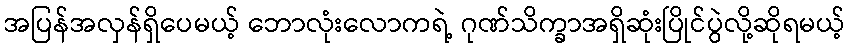
အပြန်အလှန်ရှိပေမယ့် ဘောလုံးလောကရဲ့ ဂုဏ်သိက္ခာအရှိဆုံးပြိုင်ပွဲလို့ဆိုရမယ့်